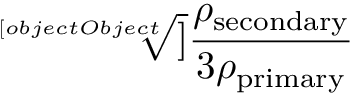
\sqrt [ [object Object] ] { \frac { \rho _ { \mathrm { s e c o n d a r y } } } { 3 \rho _ { \mathrm { p r i m a r y } } } }